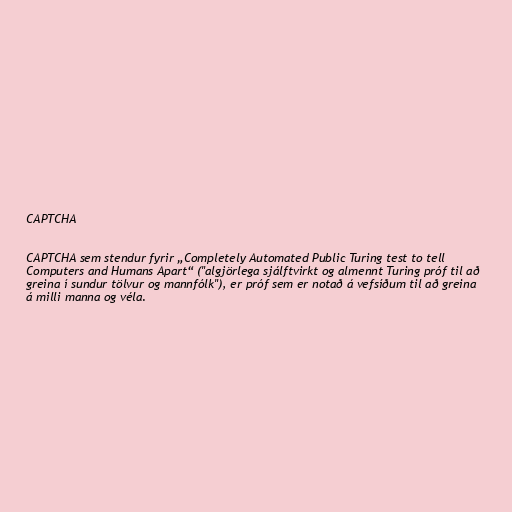
CAPTCHA

CAPTCHA sem stendur fyrir „Completely Automated Public Turing test to tell
Computers and Humans Apart“ ("algjörlega sjálftvirkt og almennt Turing próf til að
greina í sundur tölvur og mannfólk"), er próf sem er notað á vefsíðum til að greina
á milli manna og véla.